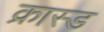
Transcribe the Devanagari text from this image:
क्रास्ड